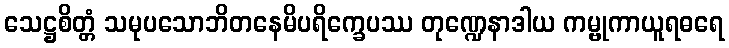
သေဋ္ဌစိတ္တံ သမုပသောဘိတနေမိပရိက္ခေပဿ တုဏ္ဍေနာဒါယ ကမ္ဗုကာယူရဓရေ